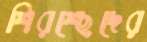
শিরশ্ছেদের